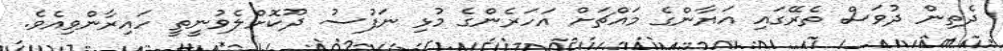
ދެތިން ދުވަސް ތެރޭގައި އަޔާންގެ މައްޗަށް އަހަރެންގެ މުޅި ނަފުސު ދޫކޮށްލެވުނީތީ ހައިރާންވިއެވެ.